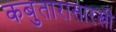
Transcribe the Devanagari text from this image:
कबुतारासारखी